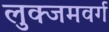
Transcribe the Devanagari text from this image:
लुक्जमवर्ग